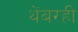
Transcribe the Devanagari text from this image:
थेंबरही